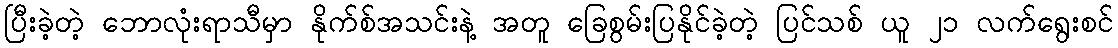
ပြီးခဲ့တဲ့ ဘောလုံးရာသီမှာ နိုက်စ်အသင်းနဲ့ အတူ ခြေစွမ်းပြနိုင်ခဲ့တဲ့ ပြင်သစ် ယူ ၂၁ လက်ရွေးစင်